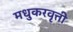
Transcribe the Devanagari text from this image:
मधुकरवृत्ती